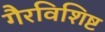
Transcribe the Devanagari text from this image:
गैरविशिष्ट